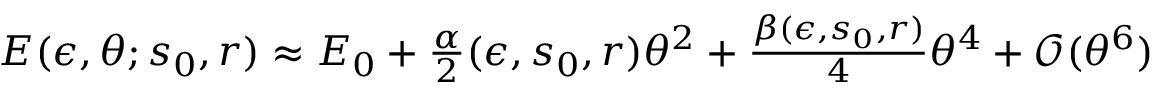
\begin{array} { r } { E ( \epsilon , \theta ; s _ { 0 } , r ) \approx E _ { 0 } + \frac { \alpha } { 2 } ( \epsilon , s _ { 0 } , r ) \theta ^ { 2 } + \frac { \beta ( \epsilon , s _ { 0 } , r ) } { 4 } \theta ^ { 4 } + \mathcal { O } ( \theta ^ { 6 } ) } \end{array}